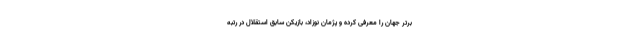
برتر جهان را معرفی کرده و پژمان نوزاد، بازیکن سابق استقلال در رتبه